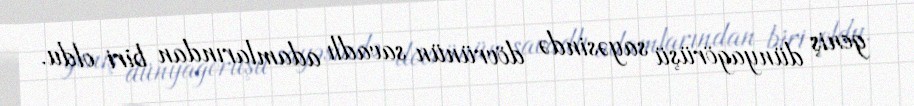
geniş dünyagörüşü sayəsində dövrünün savadlı adamlarından biri oldu.